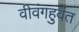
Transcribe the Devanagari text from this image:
वीवंगहुवंत